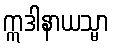
ဣဒါနာယသ္မာ